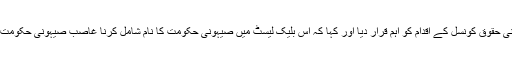
فلسطین کے انفارمیشن سینٹر کے مطابق حماس کے ترجمان فوزی برہوم نے ایک بیان میں انسانی حقوق کونسل کے اقدام کو اہم قرار دیا اور کہا کہ اس بلیک لیسٹ میں صیہونی حکومت کا نام شامل کرنا غاصب صیہونی حکومت کی حقیقی ماہیت اور چہرے کو بے نقاب اور فلسطینی عوام کی مظلومیت کی نشاندہی کرتا ہے۔